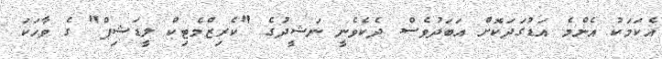
އެކަމަކު އެންމެ އަޑުގަދަކޮށް އަބަދުވެސް ދެކެވެނީ ނަޝީދުގެ "ކެރިޒްމެޓިކް ލީޑަޝިޕް" ގެ ވާހަކަ